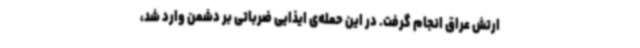
ارتش عراق انجام گرفت. در این حمله‌ی ایذایی ضرباتی بر دشمن وارد شد،